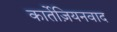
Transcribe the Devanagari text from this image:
कार्तेज़ियनवाद